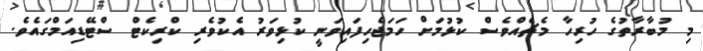
މި މުބާރާތުގެ ހުރިހާ މެޗެއްވެސް ކުޅުމަށް ހަމަޖެހިފައިވަނީ ކުޅިވަރު އެކުވެރި ކްރިކެޓް ސްޓޭޑިއަމްގައެވެ.